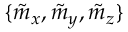
\{ \tilde { m } _ { x } , \tilde { m } _ { y } , \tilde { m } _ { z } \}